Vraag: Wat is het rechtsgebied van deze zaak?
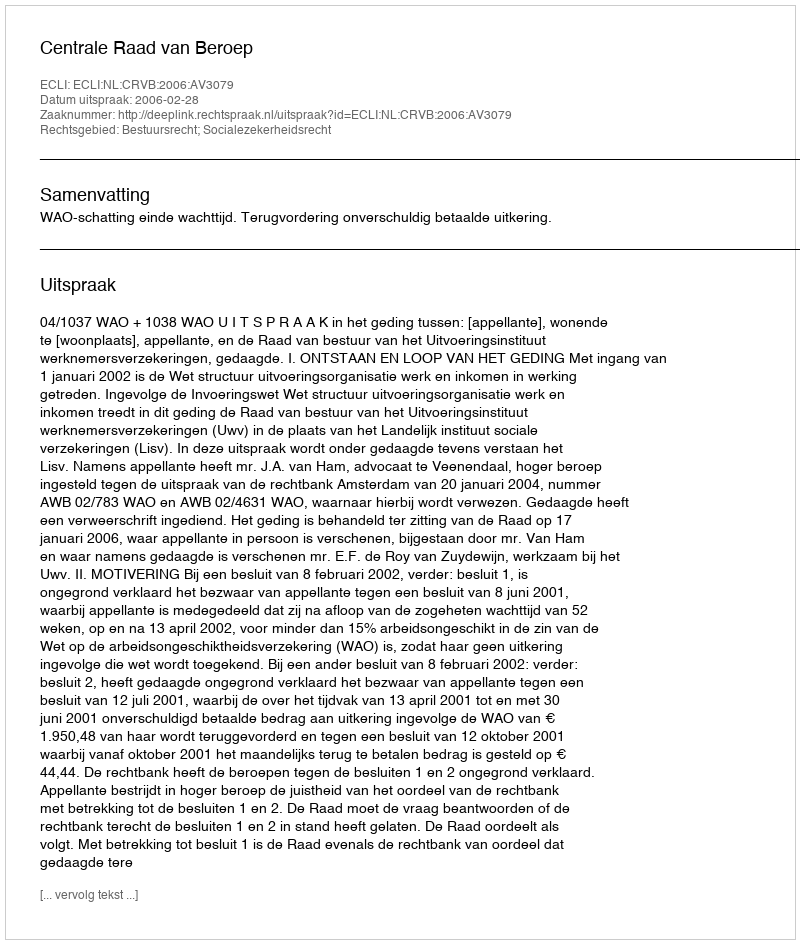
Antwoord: Bestuursrecht; Socialezekerheidsrecht